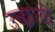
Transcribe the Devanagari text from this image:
उच्छायी